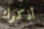
أذكرك